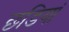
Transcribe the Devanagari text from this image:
छडियां